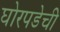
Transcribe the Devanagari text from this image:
घोरपडेची